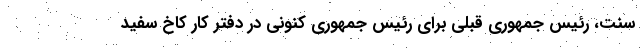
سنت، رئیس جمهوری قبلی برای رئیس جمهوری کنونی در دفتر کار کاخ سفید